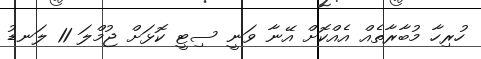
ހުރިހާ މުބާރާތެއް އެއްކޮށް އޭނާ ވަނީ ސިޓީ ކޮޅަށް ޖުމްލަ 11 ލަނޑު